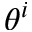
\theta ^ { i }